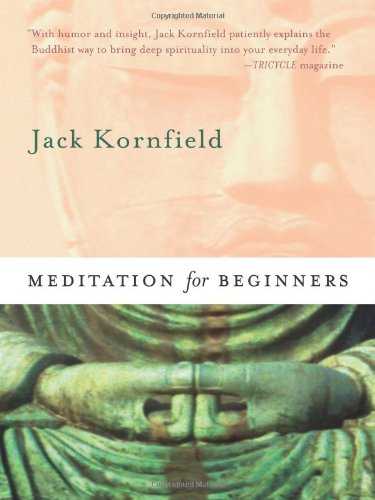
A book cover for Meditation for Beginners; Jack Kornfield; Health, Fitness & Dieting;